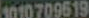
1010709619